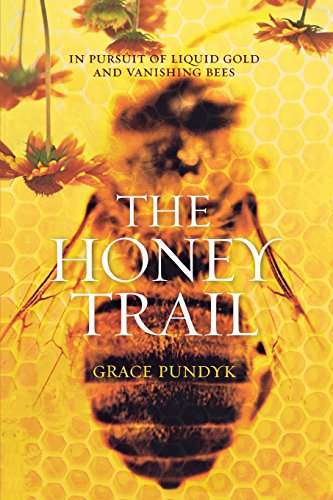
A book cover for The Honey Trail: In Pursuit of Liquid Gold and Vanishing Bees; Grace Pundyk; Travel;